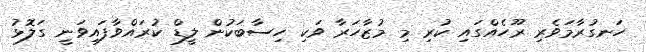
ހަނގުރާމަވެރި ރޫހެއްގައި ކުރި މި މުޒާހަރާ ވަކި ހިސާބަކުން ލީޑް ކުރައްވާފައިވަނީ ގަލޮޅު